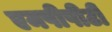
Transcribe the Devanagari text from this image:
एमपीपीटी